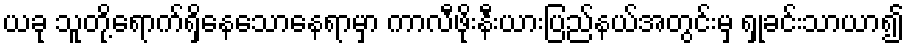
ယခု သူတို့ရောက်ရှိနေသောနေရာမှာ ကာလီဖိုးနီးယားပြည်နယ်အတွင်းမှ ရှုခင်းသာယာ၍